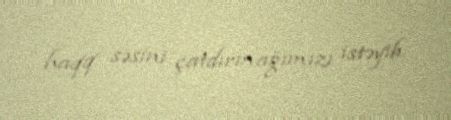
haqq səsini çatdırmağımızı istəyib.